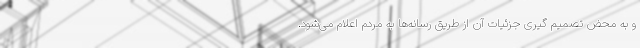
و به محض تصمیم گیری جزئیات آن از طریق رسانه‌ها به مردم اعلام می‌شود.